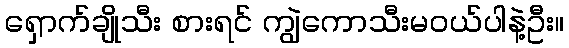
ရှောက်ချိုသီး စားရင် ကျွဲကောသီးမဝယ်ပါနဲ့ဦး။